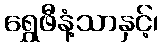
ရွှေဖီနံ့သာနှင့်၊